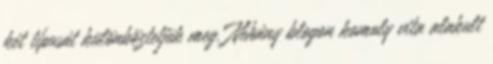
két típusát különböztetjük meg. Néhány blogon komoly vita alakult